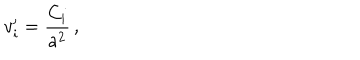
{ v _ { i } ^ { \prime } } = \frac { C _ { i } } { a ^ { 2 } } \, ,